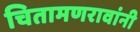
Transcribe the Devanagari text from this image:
चितामणरावांनी